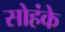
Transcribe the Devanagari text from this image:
सोहंके